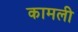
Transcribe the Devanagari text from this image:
कामली